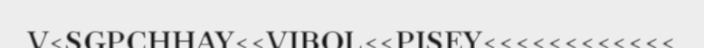
V<SGPCHHAY<<VIBOL<<PISEY<<<<<<<<<<<<